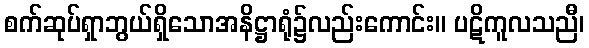
စက်ဆုပ်ရှာဘွယ်ရှိသောအနိဋ္ဌာရုံ၌လည်းကောင်း။ ပဋိကူလသညီ၊